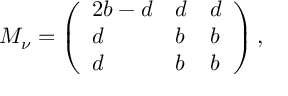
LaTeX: { \cal M } _ { \nu } = \left( \begin{array} { l l l } { { 2 b - d } } & { { d } } & { { d } } \\ { { d } } & { { b } } & { { b } } \\ { { d } } & { { b } } & { { b } } \end{array} \right) ,